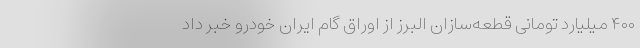
۴۰۰ میلیارد تومانی قطعه‌سازان البرز از اوراق گام ایران خودرو خبر داد